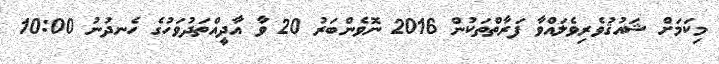
މިކަމަށް ޝައުޤުވެރިވެލައްވާ ފަރާތްތަކުން 2016 ނޮވެންބަރު 20 ވާ އާދީއްތަދުވަހުގެ ހެނދުނު 10:00